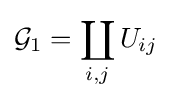
{\mathcal {G}}_{1}=\coprod _{i,j}U_{ij}